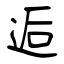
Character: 逅